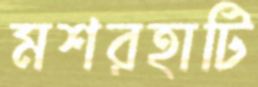
মশরহাটি